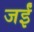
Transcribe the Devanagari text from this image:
जईं